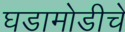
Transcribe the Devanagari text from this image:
घडामोडीचे